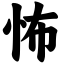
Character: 怖